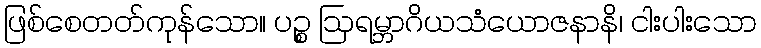
ဖြစ်စေတတ်ကုန်သော။ ပဉ္စ ဩရမ္ဘာဂိယသံယောဇနာနိ၊ ငါးပါးသော